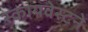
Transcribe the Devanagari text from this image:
स्कायवेस्टने